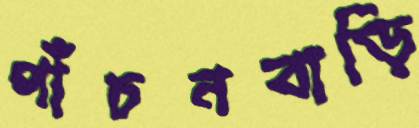
পাঁচনবাড়ি